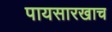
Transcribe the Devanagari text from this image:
पायसारखाच